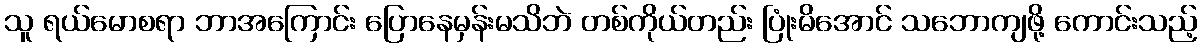
သူ ရယ်မောစရာ ဘာအကြောင်း ပြောနေမှန်းမသိဘဲ တစ်ကိုယ်တည်း ပြုံးမိအောင် သဘောကျဖို့ ကောင်းသည့်